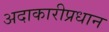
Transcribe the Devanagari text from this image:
अदाकारीप्रधान